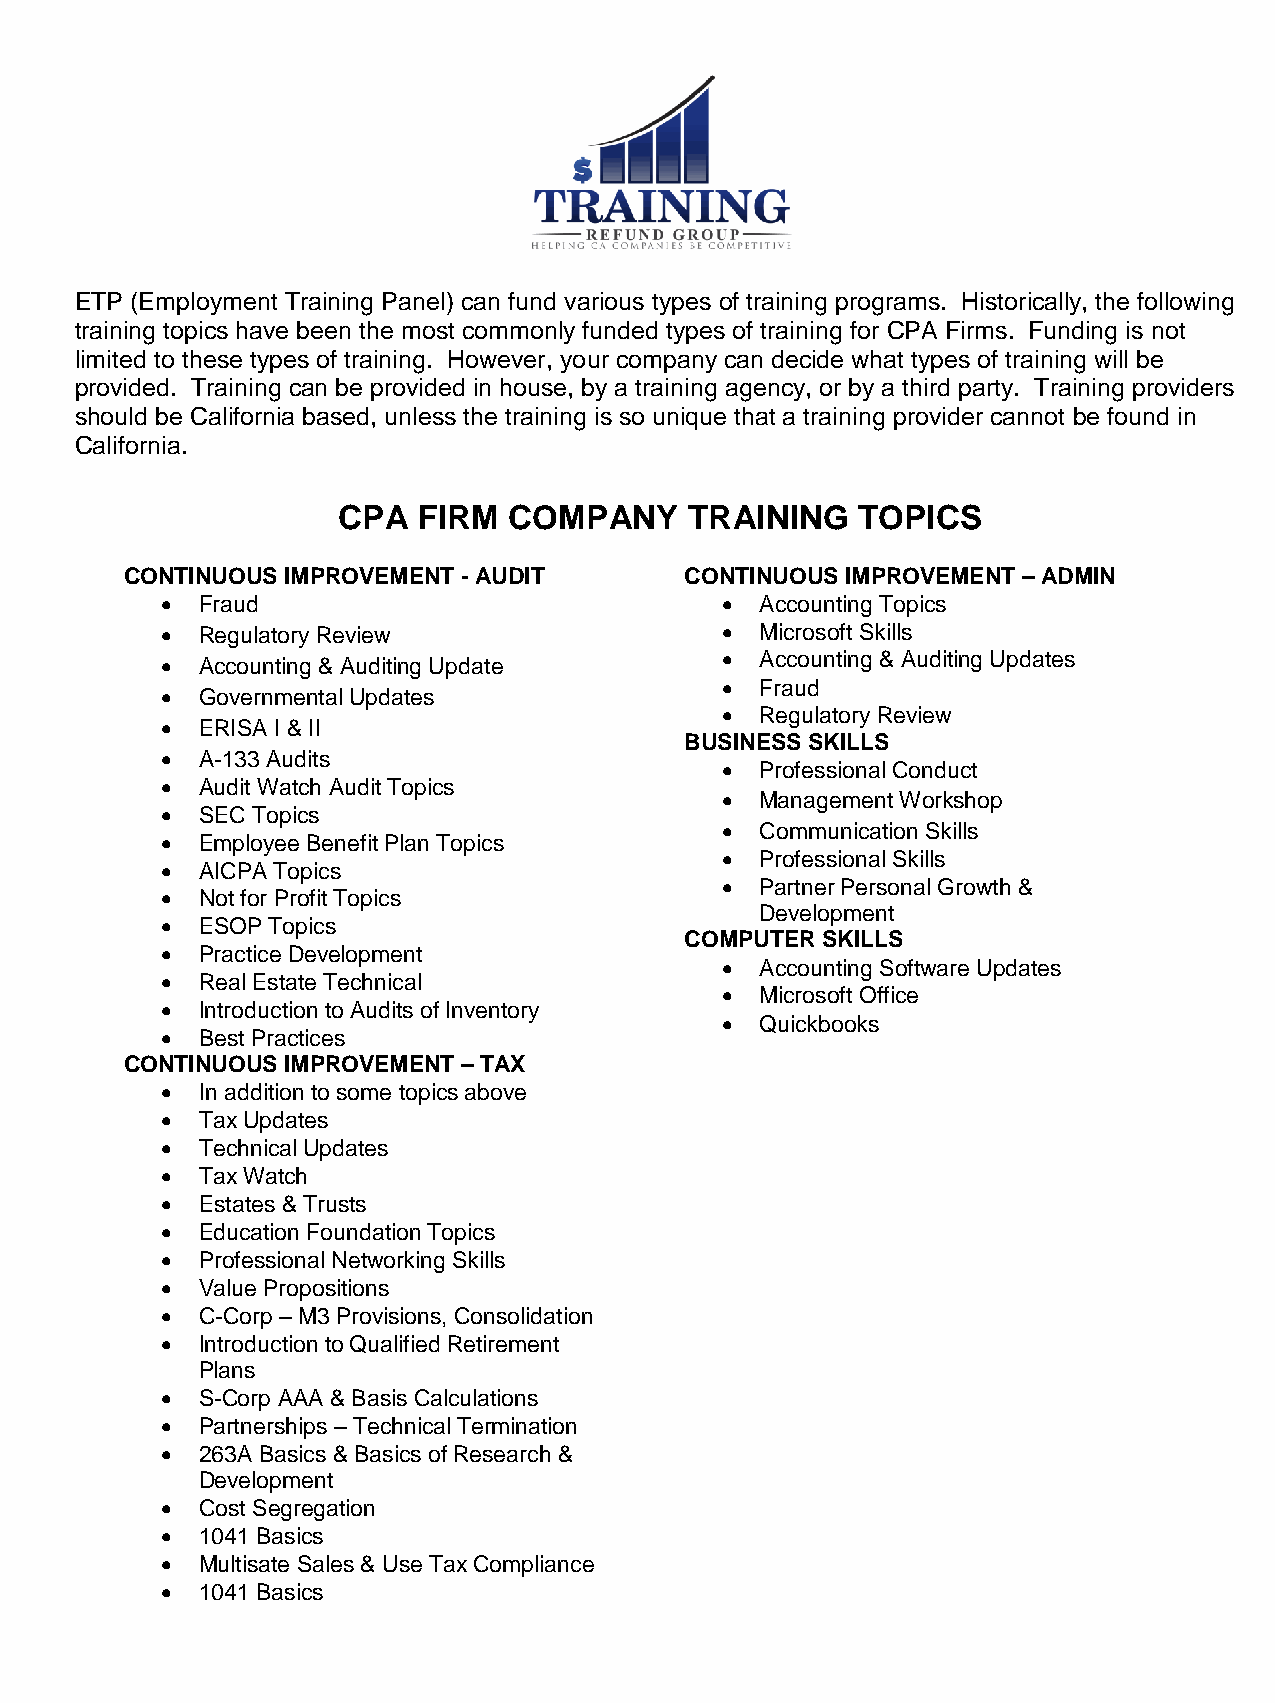
ETP (Employment Training Panel) can fund various types of training programs. Historically, the following
 training topics have been the most commonly funded types of training for CPA Firms. Funding is not
 limited to these types of training. However, your company can decide what types of training will be
 provided. Training can be provided in house, by a training agency, or by a third party. Training providers
 should be California based, unless the training is so unique that a training provider cannot be found in
 California.
 CPA   FIRM  COMPANY     TRAINING   TOPICS
 CONTINUOUS IMPROVEMENT - AUDIT       CONTINUOUS IMPROVEMENT – ADMIN
  Fraud                               Accounting Topics
  Regulatory Review                   Microsoft Skills
  Accounting & Auditing Update        Accounting & Auditing Updates
  Fraud
  Governmental Updates
  Regulatory Review
  ERISA I & II
 BUSINESS SKILLS
  A-133 Audits
  Professional Conduct
  Audit Watch Audit Topics
  Management Workshop
  SEC Topics
  Communication Skills
  Employee Benefit Plan Topics
  Professional Skills
  AICPA Topics
  Partner Personal Growth &
  Not for Profit Topics
 Development
  ESOP Topics
 COMPUTER SKILLS
  Practice Development
  Accounting Software Updates
  Real Estate Technical
  Microsoft Office
  Introduction to Audits of Inventory
  Quickbooks
  Best Practices
 CONTINUOUS IMPROVEMENT – TAX
  In addition to some topics above
  Tax Updates
  Technical Updates
  Tax Watch
  Estates & Trusts
  Education Foundation Topics
  Professional Networking Skills
  Value Propositions
  C-Corp – M3 Provisions, Consolidation
  Introduction to Qualified Retirement
 Plans
  S-Corp AAA & Basis Calculations
  Partnerships – Technical Termination
  263A Basics & Basics of Research &
 Development
  Cost Segregation
  1041 Basics
  Multisate Sales & Use Tax Compliance
  1041 Basics